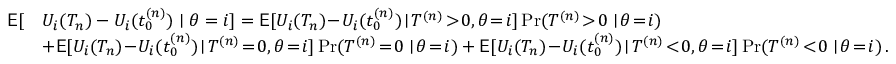
\begin{array} { r l } { \mathsf { E } [ } & { U _ { i } ( T _ { n } ) - U _ { i } ( t _ { 0 } ^ { ( n ) } ) \mid \theta = i ] = \mathsf { E } [ U _ { i } ( T _ { n } ) \! - \! U _ { i } ( t _ { 0 } ^ { ( n ) } ) \! \mid \! T ^ { ( n ) } \! > \! 0 , \theta \! = \! i ] \operatorname* { P r } ( T ^ { ( n ) } \! > \! 0 \mid \! \theta \! = \! i ) } \\ & { + \mathsf { E } [ U _ { i } ( T _ { n } ) \! - \! U _ { i } ( t _ { 0 } ^ { ( n ) } ) \! \mid \! T ^ { ( n ) } \! = \! 0 , \theta \! = \! i ] \operatorname* { P r } ( T ^ { ( n ) } \! = \! 0 \mid \! \theta \! = \! i ) + \mathsf { E } [ U _ { i } ( T _ { n } ) \! - \! U _ { i } ( t _ { 0 } ^ { ( n ) } ) \! \mid \! T ^ { ( n ) } \! < \! 0 , \theta \! = \! i ] \operatorname* { P r } ( T ^ { ( n ) } \! < \! 0 \mid \! \theta \! = \! i ) \, . } \end{array}